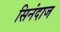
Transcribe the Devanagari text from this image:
सिनंदाज